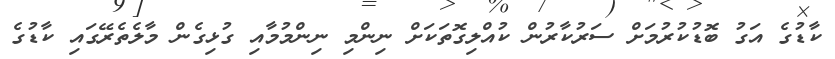
ކާޑުގެ އަގު ބޮޑުކުރުމަށް ސަރުކާރުން ކުއްލިގޮތަކަށް ނިންމި ނިންމުމާއި ގުޅިގެން މާލެތެރޭގައި ކާޑުގެ